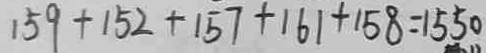
1 5 9 + 1 5 2 + 1 5 7 + 1 6 1 + 1 5 8 = 1 5 5 0